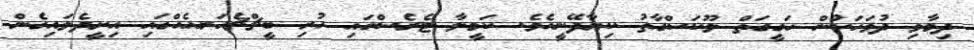
ދިމާވި ދުވަހަކުން ހަގީގަތް ލޫކަސްގާތު ކިޔާދޭނީއެވެ. ކަމީލާ ޓެރެސްގައި ހުރި ބީޗްޗެއަރއެއްގައި އިށީދެލައިގެން